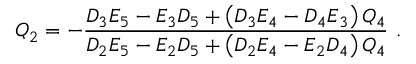
Q _ { 2 } = - \frac { D _ { 3 } E _ { 5 } - E _ { 3 } D _ { 5 } + \left( D _ { 3 } E _ { 4 } - D _ { 4 } E _ { 3 } \right) Q _ { 4 } } { D _ { 2 } E _ { 5 } - E _ { 2 } D _ { 5 } + \left( D _ { 2 } E _ { 4 } - E _ { 2 } D _ { 4 } \right) Q _ { 4 } } \ .